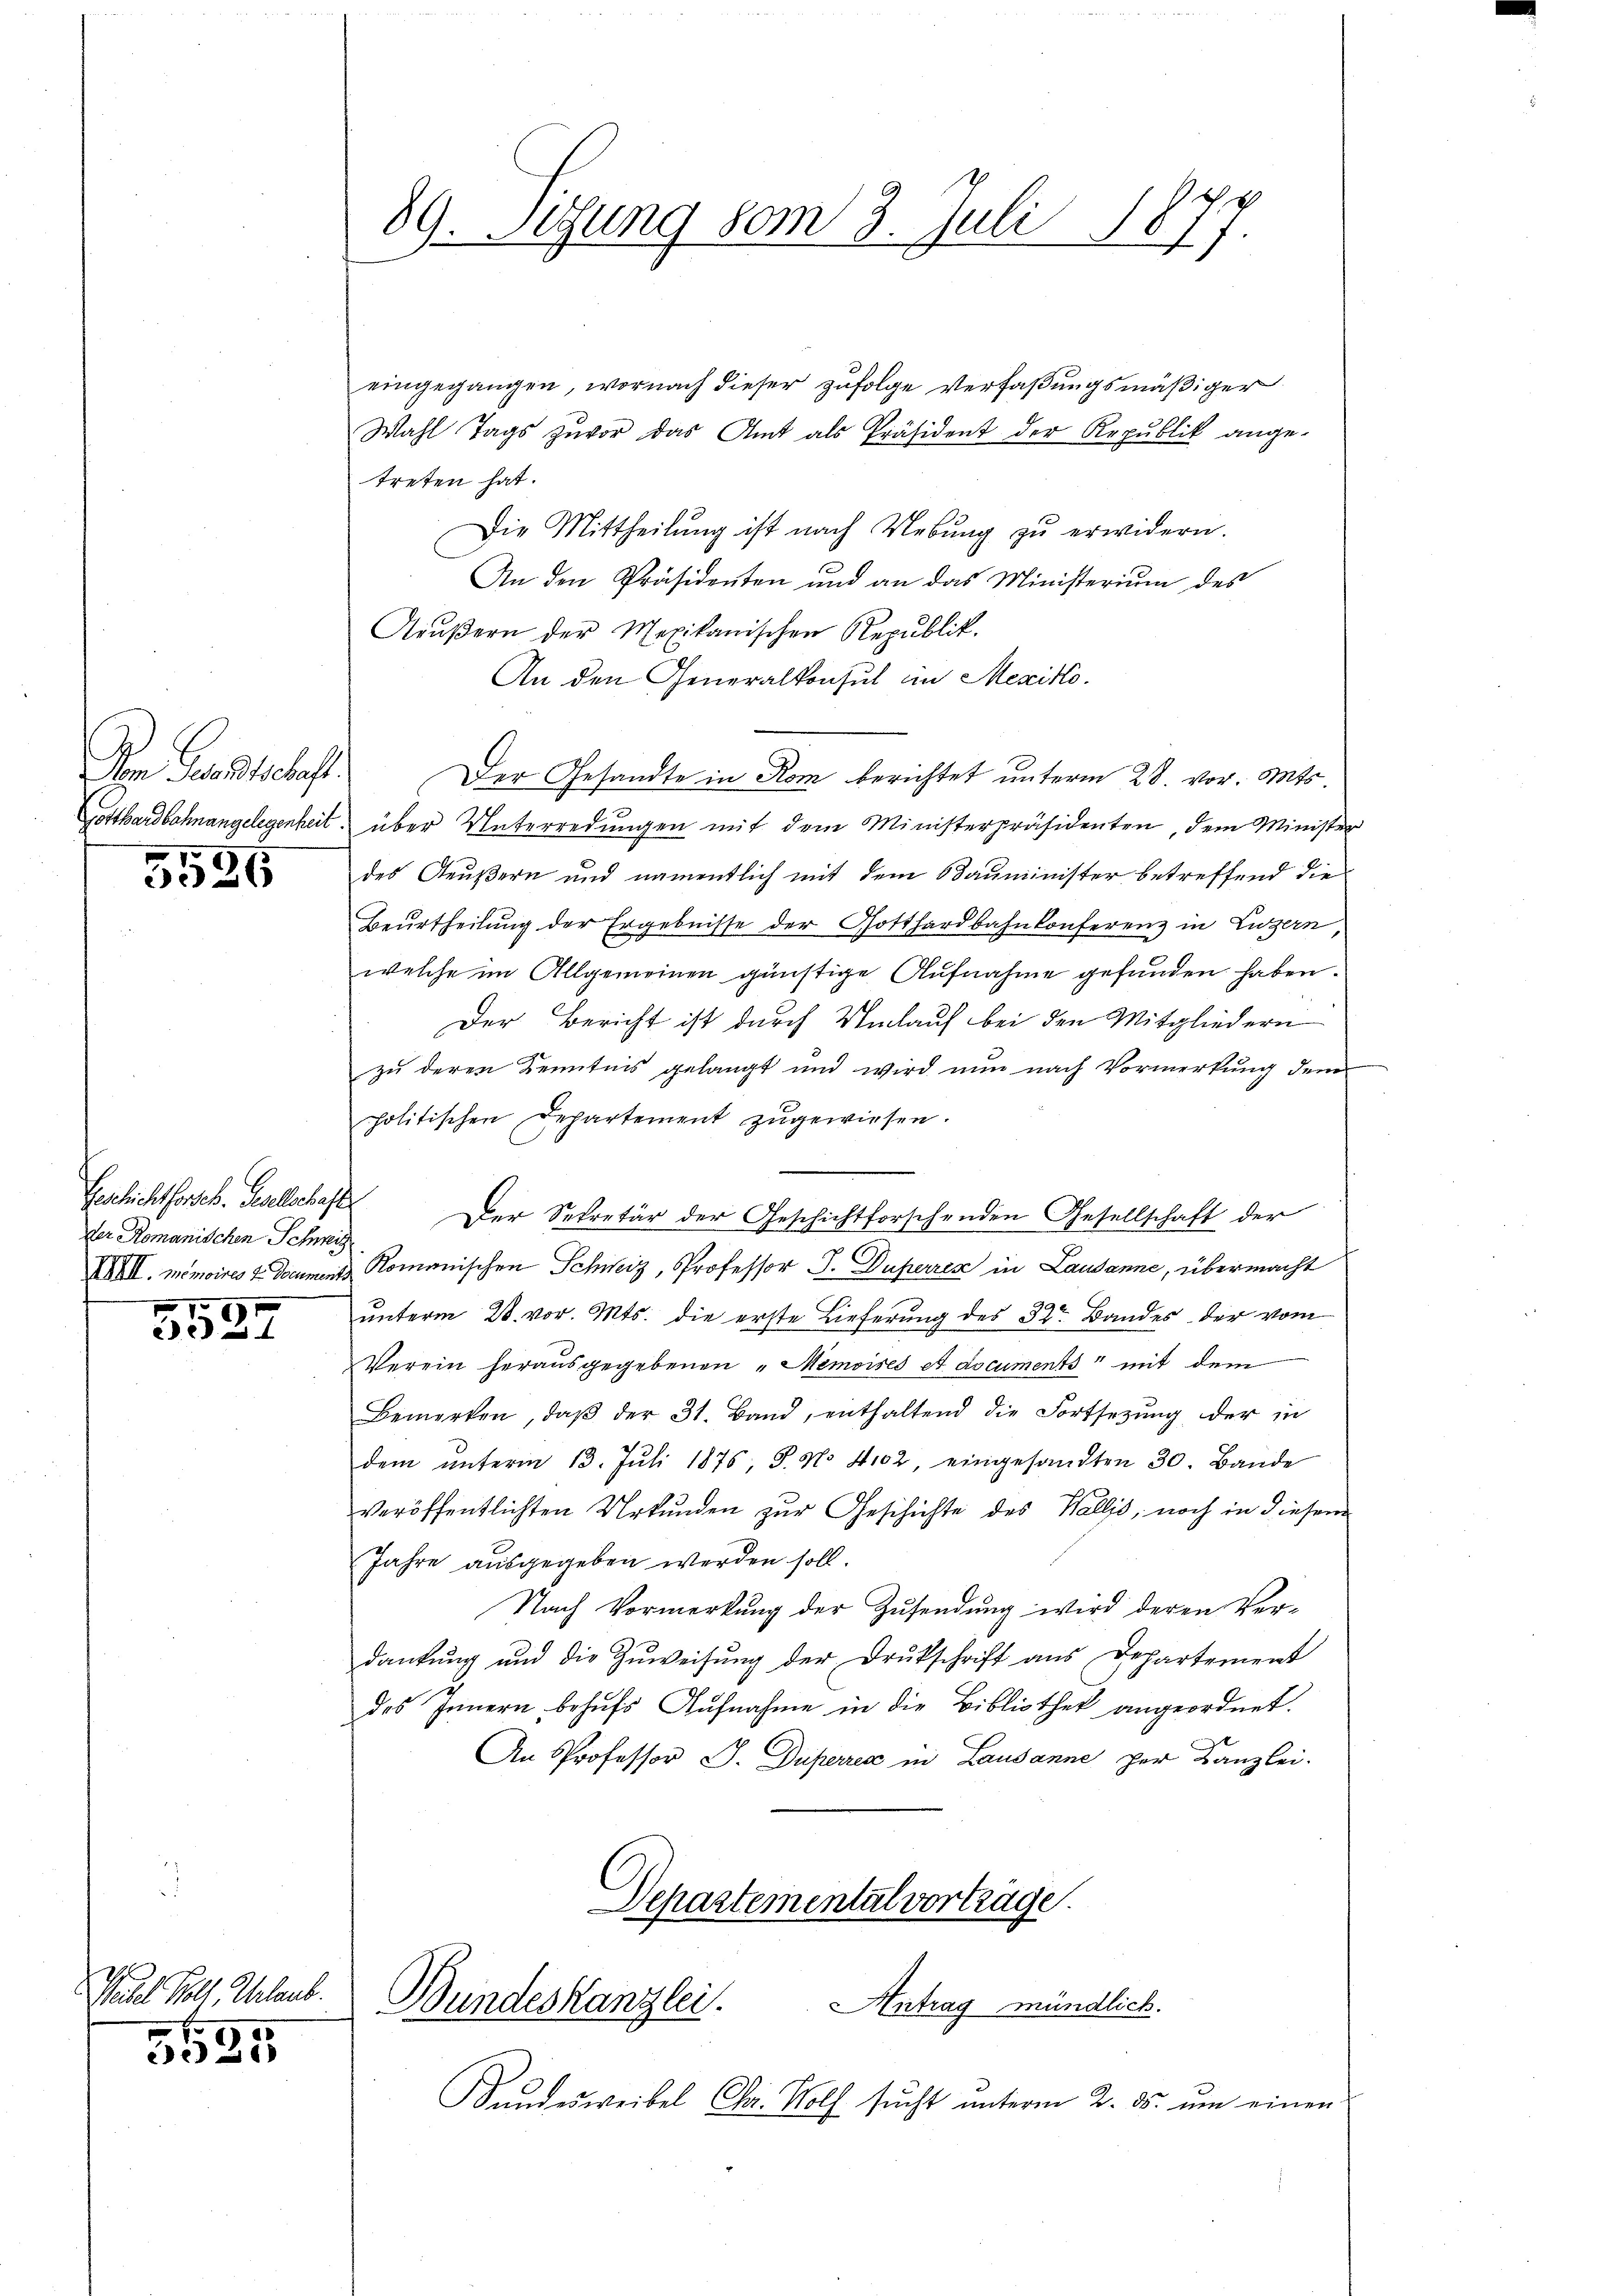
Vom Sandschaft.
Gotthardbahnangelegenheit

5526

Geslichtsarch. Gesellschafte
der Romanischen Schweiz
XXXII. Memoires 2. Denument.

71

Pael Holt Ablaub.

25

89. Setzung vom 3. Juli 1877

eingegangen, wornach dieser zufolge Verfaßungsmäßiger
Wahl Tags zuvor das Amt als Präsident der Republik ange-
treten hat.
Die Mittheilung ist nach Uebŭng zŭ erwidern.
An den Präsidenten und an das Ministerium des
Aŭβern der Mexikanischen Republik.
An den Generalkonsul in Mexiko¬
Der Gesandte in Rom berichtet unterm 28. vor. Mts.
über Unterredungen mit dem Ministerpräsidenten, dem Minister
des Aeußern und namentlich mit dem Bauminister betreffend die
Beurtheilung der Ergebnisse der Gotthardbahnkonferenz in Luzern
welche im Allgemeinen günstige Aufnahme gefunden haben.
Der Bericht ist durch Umlauf bei den Mitgliedern
zu deren Kenntnis gelangt und wird nun nach Vormerkung dem
politischen Departement zugewiesen.
Der Sekretär der Geschichtforschenden Gesellschaft der
Romanischen Schweiz, Professor J. Duherren in Lausanne, übermacht
unterm 28. vor. Mts. die erste Lieferung des 32t Bandes der vom
Verein herausgegebenen „Memoises et documents mit dem
Bemerken, daβ der 31. Band, enthaltend die Fortsetzŭng der in
dem ŭnterm 13. Jŭli 1876 S. Nr. 4102, eingesandten 30. Bande
veröffentlichten Urkunden zur Geschichte des Wallis, noch in diesem
Jahre ausgegeben werden soll.
Nach Vormerkung der Zusendung wird deren Verdankung und die Zuweisung der Drukschrift aus Departement
des Innern behufs Aufnahme in die Bibliothek angeordnet.
An Professor J. Düperren in Lausanne per Kanzlei-
Departemental vorträge
Bundeskanzlei. Antrag mündlich.
Handesweibel Fr. Wolf sucht unterm 2. ds. um einen